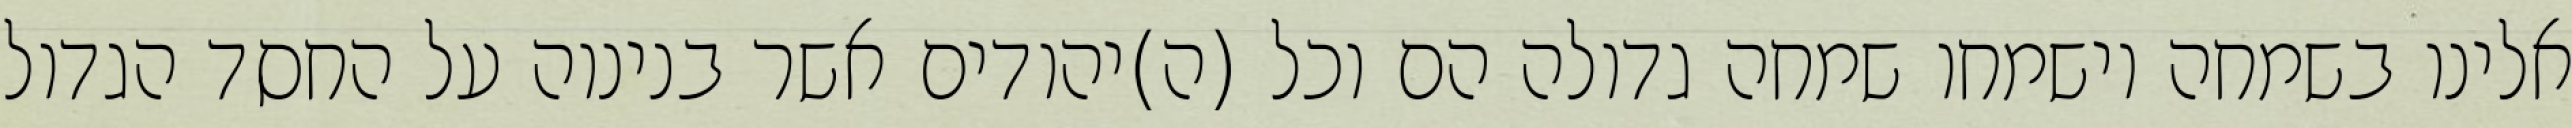
אלינו בשמחה וישמחו שמחה גדולה הם וכל (ה)יהודים אשר בנינוה על החסד הגדול